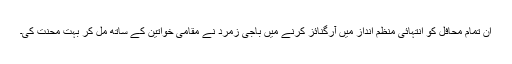
ان تمام محافل کو انتہائی منظم انداز میں آرگنائز کرنے میں باجی زمرد نے مقامی خواتین کے ساتھ مل کر بہت محنت کی۔